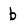
Character: b